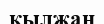
қылжаң